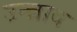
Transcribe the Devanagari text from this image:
उन्न्नाव